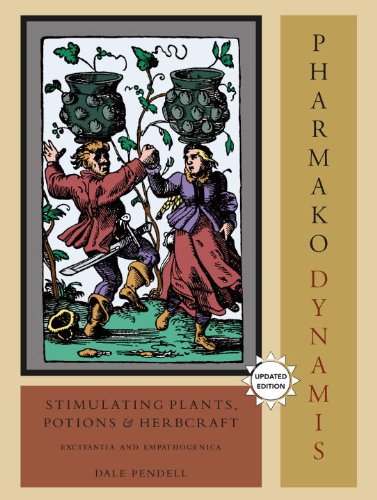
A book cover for Pharmako/Dynamis, Revised and Updated: Stimulating Plants, Potions, and Herbcraft; Dale Pendell; Health, Fitness & Dieting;